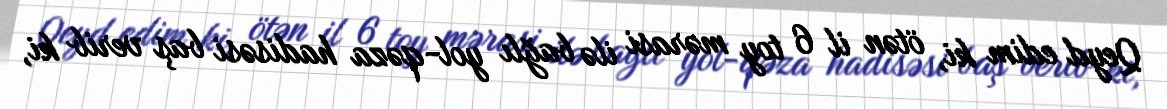
Qeyd edim ki, ötən il 6 toy mərasi ilə bağlı yol-qəza hadisəsi baş verib ki,